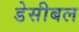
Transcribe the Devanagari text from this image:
डेसीबल